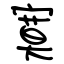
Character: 寞